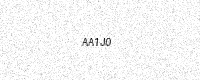
Text: AA1J0